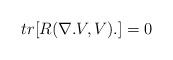
LaTeX: \begin{align*}tr[R(\nabla .V,V).]=0 \end{align*}